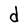
Character: d